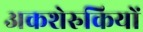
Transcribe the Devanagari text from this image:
अकशेरुकियों